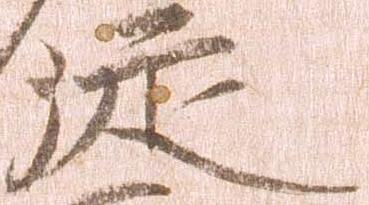
従